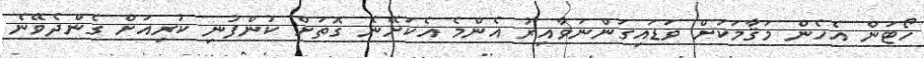
ހޯޓަން އެހެން މަޤާމަކަށް ވަޑައިގަންނަވާއިރު އެންމެ އެކަށޭނެ ގޮތަށް ކުންފުނި ކުރިއަށް ގެންދެވޭނެ